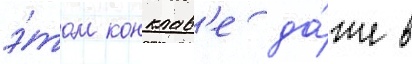
э́том конклав'е да́же в